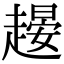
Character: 𧽉